Investigations into the jail dietaries of the United Provinces with some observations on the influence of dietary on the physical development and well-being of the people of the United Provinces - Number 48
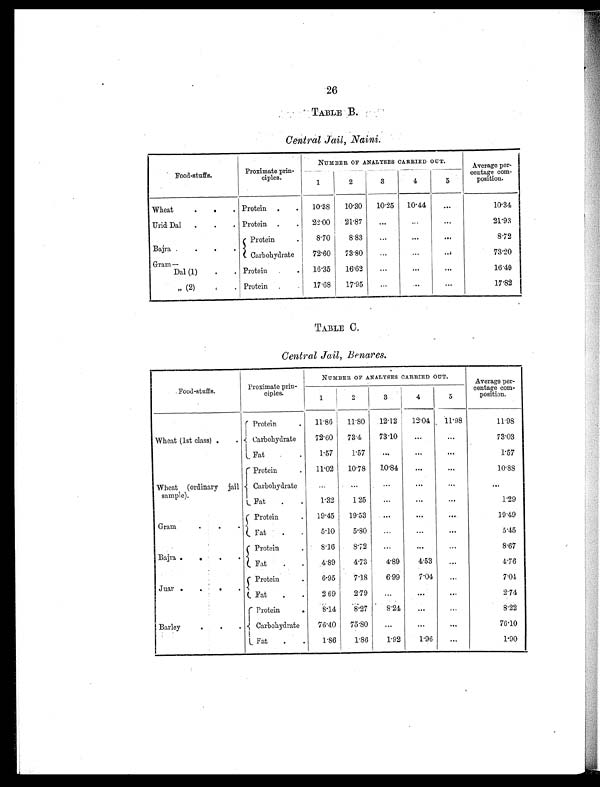
26
TABLE B.
Central Jail, Naini.
Food-stuffs.
Proximate prin-
ciples.
NUMBER OF ANALYSES CARRIED OUT.
Average per-
centage com-
position.
1
2
3
4
5
Wheat
.
.
. Protein
.
.
10.38
10.30
10.25
10.44
. . .
10.34
Urid Dal
.
.
. Protein .
.
22.00
21.87
...
...
. . .
21.93
Bajra .
.
.
.
Protein
.
8.70
8.83
...
...
. . .
8.72
Carbohydrate
72.60
73.80
. . .
. . .
. . .
73.20
Gram—
Dal (1)
.
. Protein
.
.
16.35
16.62
. . .
...
...
16.49
„ (2)
.
. Protein .
.
17.68
17.95
...
...
...
17.82
TABLE C.
Central Jail, Benares.
Food-stuffs.
Proximate prin-
c i p l e s .
NUMBER OF ANALYSES CARRIED OUT.
Average per-
centage com-
position.
1
2
3
4
5
Wheat (1st class) .
.
Protein
.
11.86
11.80
12.12
12.04
11.98
11.98
Carbohydrate
72.60
73.4
73.10
...
. . .
73.03
Fat
.
1.57
1.57
...
. . .
...
1.57
Wheat (ordinary jail
sample).
Protein
.
11.02
10.78
10.84
...
. . .
10.88
C a r b o h y d r a t e
...
...
...
. . .
...
. . .
Fat
.
.
1.32
1.25
...
...
...
1.29
Gram
. .
.
Protein
Fat . .
.
19.45
5.10
19.53
5.80
...
...
...
. . .
. . .
...
19.49
5.45
Bajra .
. .
.
Protein
.
8.16
8.72
...
. . .
. . .
8.67
Fat
.
.
4.89
4.73
4.89
4.53
...
4.76
Juar .
.
.
.
Protein
.
6.95
7.18
6.99
7.04
. . .
7.04
Fat
.
.
2 69
2.79
...
. . .
...
2.74
Barley
.
.
.
Protein
.
8.14
8.27
8.24
. . .
. . .
8.22
Carbohydrate
76.40
75.80
...
...
. . .
76.10
Fat
.
.
1.86
1.86
1.92
1.96
...
1.90